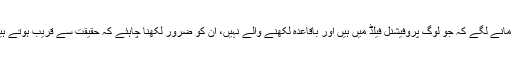
فرمانے لگے کہ جو لوگ پروفیشنل فیلڈ میں ہیں اور باقاعدہ لکھنے والے نہیں، ان کو ضرور لکھنا چاہئے کہ حقیقت سے قریب ہوتے ہیں۔